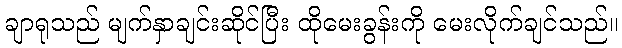
ချာရုသည် မျက်နှာချင်းဆိုင်ပြီး ထိုမေးခွန်းကို မေးလိုက်ချင်သည်။